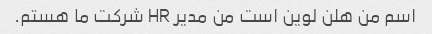
اسم من هلن لوین است من مدیر HR شرکت ما هستم.